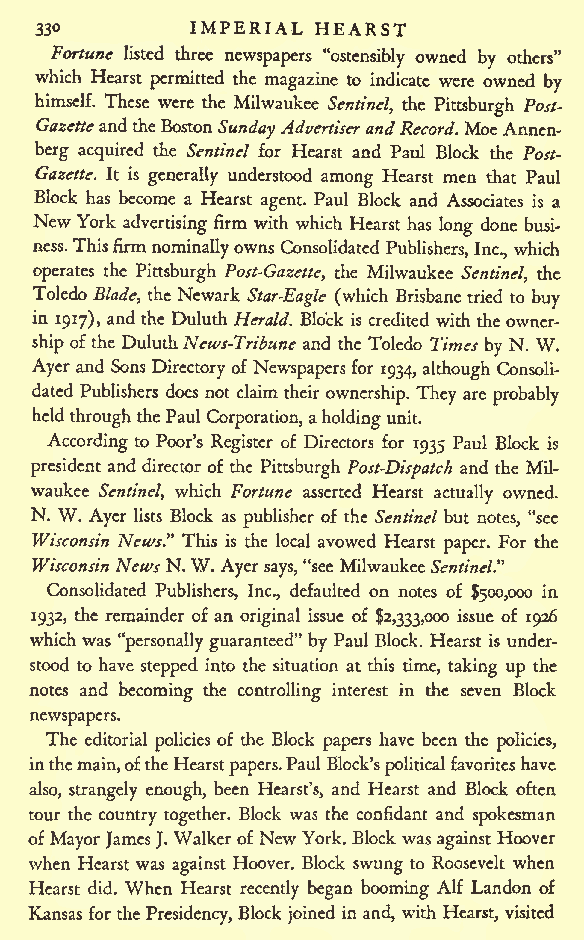
IMPERIAL HEARST
 33<>
 Fortune listed three newspapers "ostensibly owned by others"
 which Hearst permitted the magazine to indicate were owned by
 himself. These were the Milwaukee Sentinel, the Pittsburgh Post-
 GazetteandtheBostonSundayAdvertiserandRecord.MocAnncn-
 berg acquired the Sentinel for Hearst and Paul Block the Post-
 Gazette. It is generally understood among Hearst men that Paul
 Block has become a Hearst agent. Paul Block and Associates is a
 NewYork
 advertising firm with which Hearst has long done busi-
 ness.Thisfirmnominallyowns Consolidated Publishers, Inc., which
 operates the Pittsburgh Post-Gazette, the Milwaukee Sentinel, the
 Toledo Blade, theNewark Star-Eagle (which Brisbane tried to buy
 in 1917), and the Duluth Herald. Block is credited with the owner-
 ship ofthe DuluthNews-Tribune and the Toledo Times by N. W.
 Ayer and Sons Directory of Newspapers for 1934, although Consoli-
 dated Publishers does not claim their ownership. They are probably
 heldthroughthePaul Corporation, aholdingunit.
 According to Poor's Register of Directors for 1935 Paul Block is
 president and director of the Pittsburgh Post-Dispatch and the Mil-
 waukee Sentinel, which Fortune asserted Hearst actually owned.
 N. W. Ayer lists Block as publisher of the Sentinel but notes, "sec
 Wisconsin News." This is the local avowed Hearst paper. For the
 Wisconsin NewsN.W. Ayersays, "see MilwaukeeSentinel."
 Consolidated Publishers, Inc., defaulted on notes of $500,000 in
 1932, the remainder of an original issue of $2,333,000 issue of 1926
 whichwas "personally guaranteed" by Paul Block. Hearst is under-
 stood to have stepped into the situation at this time, taking up the
 notes and becoming the controlling interest in the seven Block
 newspapers.
 The editorial policies of the Block papers have been the policies,
 inthemain,oftheHearst papers.PaulBlock's politicalfavoriteshave
 also, strangely enough, been Hearst's, and Hearst and Block often
 tour the country together. Block was the confidant and spokesman
 ofMayorJamesJ. Walkerof New York. Block was against Hoover
 when Hearst was against Hoover. Block swung to Roosevelt when
 Hearst did. When Hearst recently began booming Alf Landon of
 Kansas for the Presidency, Block joined inand, with Hearst, visited